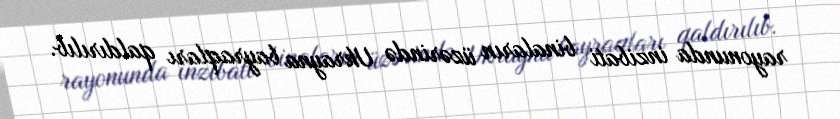
rayonunda inzibati binaların üzərində Ukrayna bayraqları qaldırılıb.